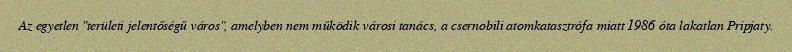
Az egyetlen "területi jelentőségű város", amelyben nem működik városi tanács, a csernobili atomkatasztrófa miatt 1986 óta lakatlan Pripjaty.